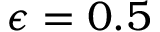
\epsilon = 0 . 5